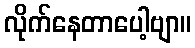
လိုက်နေတာပေါ့ဗျာ။